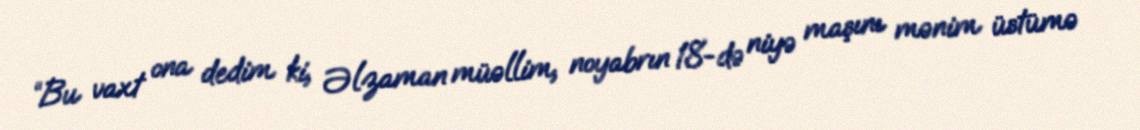
“Bu vaxt ona dedim ki, Əlzaman müəllim, noyabrın 18-də niyə maşını mənim üstümə